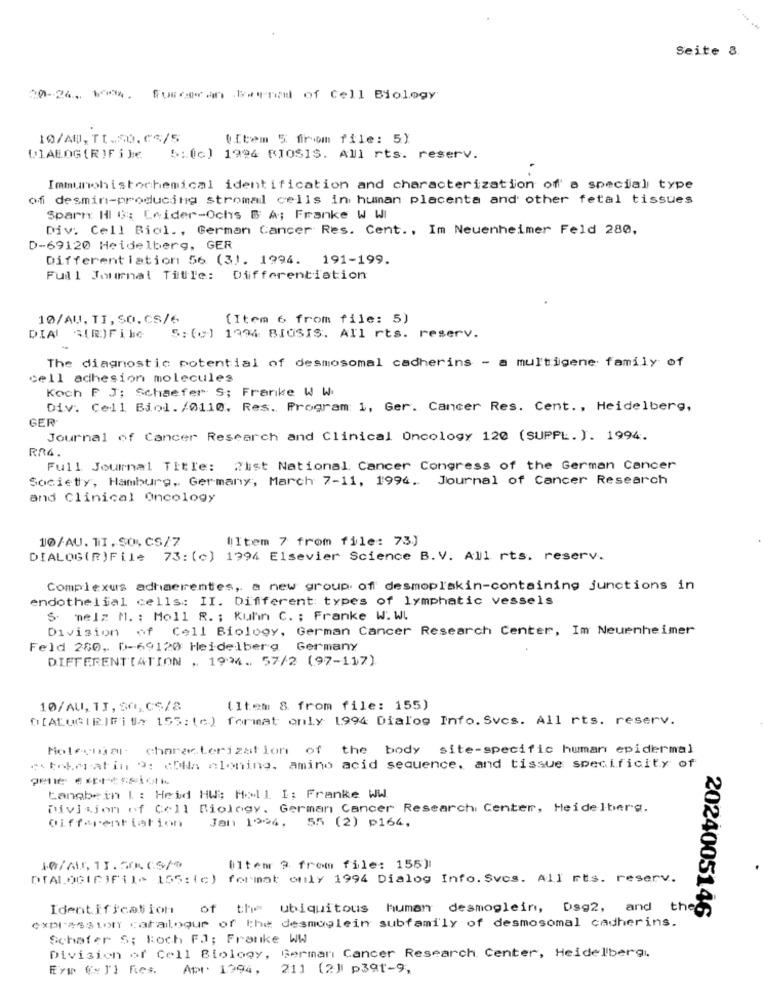
Seite 8.
20-24 .. W.
Furcan beundd of Cell Biology
10/AD, TI.50. 33/5
(Item 5 from file: 5)
DIALOG (RIF i Je
5:(c) 1994 MIOSIS. All rts. reserv.
Immunohistochemical identification and characterization of a special type
of desmin-producing stromal cells in human placenta and other fetal tissues
Spart Hl G: Leider-Ochs & A; Franke W WI
Div. Cell Biol ., German Cancer Res. Cent ., Im Neuenheimer Feld 280,
D-69120 Heidelberg, GER
Differentiation 56 (3). 1994. 191-199.
Full Journal Title: Differentiation
10/AU, TI, SO. CS/6
(Item 6 from file: 5)
DIAI
A(R)Filc
5: (c) 1994 BIOSIS. All rts. reserv.
The diagnostic potential of desmosomal cadherins - a multigene family of
cell adhesion molecules
Koch P J; Schaefer S; Franke W W.
Div. Cell Biol./0110. Res. Program: 1, Ger. Cancer Res. Cent ., Heidelberg,
GER
Journal of Cancer Research and Clinical Oncology 120 (SUPPL. ). 1994.
RA4.
Full Journal Title: 2ist National Cancer Congress of the German Cancer
Society, Hamburg, Germany, March 7-11, 1996. Journal of Cancer Research
and Clinical Oncology
10/AU. TI, SO. CS/7
(Item 7 from file: 73.)
DIALOG(R)File 73: (c) 1994 Elsevier Science B.V. All rts. reserv.
Complexus adhaerentes, a new group of desmoplakin-containing junctions in
endothelial cells: II. Different types of lymphatic vessels
S melz M. : Moll R. ; Kuhn C. : Franke W. W.
Division of Cell Biology, German Cancer Research Center, Im Neuenheimer
Feld 280, 0-69120 Heidelberg Germany
DIFFERENTIATION , 1994. 57/2 (97-117)
10/AU, TI, SO,CS/8
(Item 8. from file: 155)
O[ALUCIRIFit> 155: (c) format only 1994 Dialog Info. Svcs. All rts. reserv.
Molecular characterization of the body site-specific human epidermal
"unkmatin 9: cDia cloning. amino acid sequence, and tissue specificity of
Langbein I : Heid HW: Moll I: Franke WW.
Division of Cell Biology. German Cancer Research Center, Heidelberg.
Differentiation
Jan 1994,
55 (2) p164.
10/211, 13.50.05/9
(Itemr ?. from file: 155]
DIALOGICIFII> 155:(c) format only 1994 Dialog Info. Sves. All rts. reserv.
Identification
of the ubiquitous human desmoglein, Dsg2, and
the
2024005146
expression catalogue of the desmuglein subfamily of desmosomal cadherins.
Schafer S; Roch FJ; Franke WW
Division of Cell Biology, German Cancer Research Center, Heidelbergi.
Apr 1994,
211 (2]| p3gt-9,